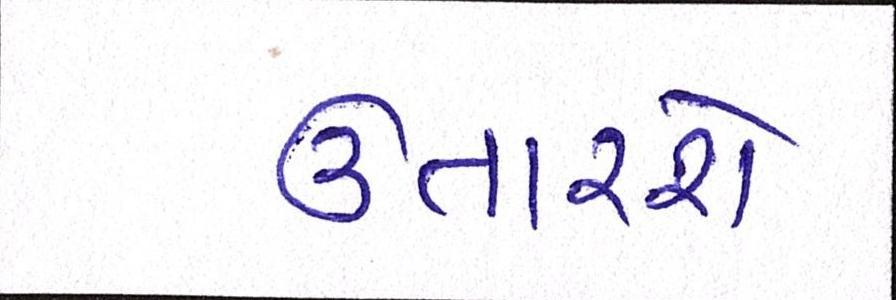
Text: ઉતારશે